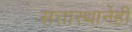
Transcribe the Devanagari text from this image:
सत्तास्थानेही